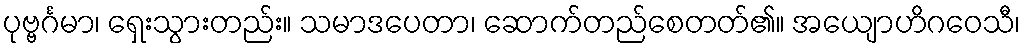
ပုဗ္ဗင်္ဂမာ၊ ရှေးသွားတည်း။ သမာဒပေတာ၊ ဆောက်တည်စေတတ်၏။ အယျောဟိဂဝေသီ၊